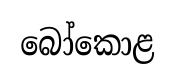
බෝකොළ